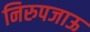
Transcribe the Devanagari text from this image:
निरुपजाऊ